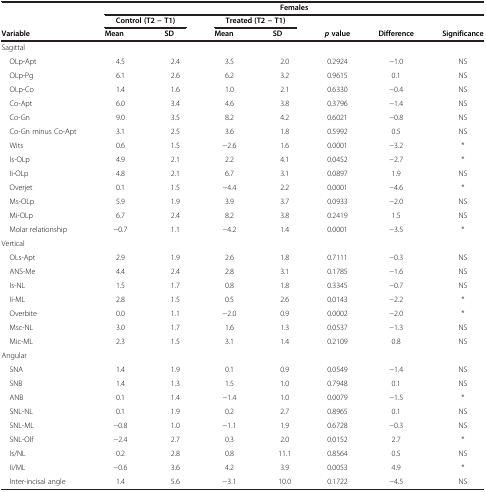
<table><thead><tr><td></td><td colspan="7"><b>Females</b></td></tr><tr><td rowspan="2"><b>Variable</b></td><td colspan="2"><b>Control (T2 − T1)</b></td><td colspan="2"><b>Treated (T2 − T1)</b></td><td rowspan="2"><b><i>p</i>value</b></td><td></td><td rowspan="2"><b>Significance</b></td></tr><tr><td><b>Mean</b></td><td><b>SD</b></td><td><b>Mean</b></td><td><b>SD</b></td><td><b>Difference</b></td></tr></thead><tbody><tr><td>Sagittal</td><td></td><td></td><td></td><td></td><td></td><td></td><td></td></tr><tr><td> OLp-Apt</td><td>4.5</td><td>2.4</td><td>3.5</td><td>2.0</td><td>0.2924</td><td>−1.0</td><td>NS</td></tr><tr><td> OLp-Pg</td><td>6.1</td><td>2.6</td><td>6.2</td><td>3.2</td><td>0.9615</td><td>0.1</td><td>NS</td></tr><tr><td> OLp-Co</td><td>1.4</td><td>1.6</td><td>1.0</td><td>2.1</td><td>0.6330</td><td>−0.4</td><td>NS</td></tr><tr><td> Co-Apt</td><td>6.0</td><td>3.4</td><td>4.6</td><td>3.8</td><td>0.3796</td><td>−1.4</td><td>NS</td></tr><tr><td> Co-Gn</td><td>9.0</td><td>3.5</td><td>8.2</td><td>4.2</td><td>0.6021</td><td>−0.8</td><td>NS</td></tr><tr><td> Co-Gn minus Co-Apt</td><td>3.1</td><td>2.5</td><td>3.6</td><td>1.8</td><td>0.5992</td><td>0.5</td><td>NS</td></tr><tr><td> Wits</td><td>0.6</td><td>1.5</td><td>−2.6</td><td>1.6</td><td>0.0001</td><td>−3.2</td><td>*</td></tr><tr><td> Is-OLp</td><td>4.9</td><td>2.1</td><td>2.2</td><td>4.1</td><td>0.0452</td><td>−2.7</td><td>*</td></tr><tr><td> Ii-OLp</td><td>4.8</td><td>2.1</td><td>6.7</td><td>3.1</td><td>0.0897</td><td>1.9</td><td>NS</td></tr><tr><td> Overjet</td><td>0.1</td><td>1.5</td><td>−4.4</td><td>2.2</td><td>0.0001</td><td>−4.6</td><td>*</td></tr><tr><td> Ms-OLp</td><td>5.9</td><td>1.9</td><td>3.9</td><td>3.7</td><td>0.0933</td><td>−2.0</td><td>NS</td></tr><tr><td> Mi-OLp</td><td>6.7</td><td>2.4</td><td>8.2</td><td>3.8</td><td>0.2419</td><td>1.5</td><td>NS</td></tr><tr><td> Molar relationship</td><td>−0.7</td><td>1.1</td><td>−4.2</td><td>1.4</td><td>0.0001</td><td>−3.5</td><td>*</td></tr><tr><td>Vertical</td><td></td><td></td><td></td><td></td><td></td><td></td><td></td></tr><tr><td> OLs-Apt</td><td>2.9</td><td>1.9</td><td>2.6</td><td>1.8</td><td>0.7111</td><td>−0.3</td><td>NS</td></tr><tr><td> ANS-Me</td><td>4.4</td><td>2.4</td><td>2.8</td><td>3.1</td><td>0.1785</td><td>−1.6</td><td>NS</td></tr><tr><td> Is-NL</td><td>1.5</td><td>1.7</td><td>0.8</td><td>1.8</td><td>0.3345</td><td>−0.7</td><td>NS</td></tr><tr><td> Ii-ML</td><td>2.8</td><td>1.5</td><td>0.5</td><td>2.6</td><td>0.0143</td><td>−2.2</td><td>*</td></tr><tr><td> Overbite</td><td>0.0</td><td>1.1</td><td>−2.0</td><td>0.9</td><td>0.0002</td><td>−2.0</td><td>*</td></tr><tr><td> Msc-NL</td><td>3.0</td><td>1.7</td><td>1.6</td><td>1.3</td><td>0.0537</td><td>−1.3</td><td>NS</td></tr><tr><td> Mic-ML</td><td>2.3</td><td>1.5</td><td>3.1</td><td>1.4</td><td>0.2109</td><td>0.8</td><td>NS</td></tr><tr><td>Angular</td><td></td><td></td><td></td><td></td><td></td><td></td><td></td></tr><tr><td> SNA</td><td>1.4</td><td>1.9</td><td>0.1</td><td>0.9</td><td>0.0549</td><td>−1.4</td><td>NS</td></tr><tr><td> SNB</td><td>1.4</td><td>1.3</td><td>1.5</td><td>1.0</td><td>0.7948</td><td>0.1</td><td>NS</td></tr><tr><td> ANB</td><td>0.1</td><td>1.4</td><td>−1.4</td><td>1.0</td><td>0.0079</td><td>−1.5</td><td>*</td></tr><tr><td> SNL-NL</td><td>0.1</td><td>1.9</td><td>0.2</td><td>2.7</td><td>0.8965</td><td>0.1</td><td>NS</td></tr><tr><td> SNL-ML</td><td>−0.8</td><td>1.0</td><td>−1.1</td><td>1.9</td><td>0.6728</td><td>−0.3</td><td>NS</td></tr><tr><td> SNL-Olf</td><td>−2.4</td><td>2.7</td><td>0.3</td><td>2.0</td><td>0.0152</td><td>2.7</td><td>*</td></tr><tr><td> Is/NL</td><td>0.2</td><td>2.8</td><td>0.8</td><td>11.1</td><td>0.8564</td><td>0.5</td><td>NS</td></tr><tr><td> Ii/ML</td><td>−0.6</td><td>3.6</td><td>4.2</td><td>3.9</td><td>0.0053</td><td>4.9</td><td>*</td></tr><tr><td> Inter-incisal angle</td><td>1.4</td><td>5.6</td><td>−3.1</td><td>10.0</td><td>0.1722</td><td>−4.5</td><td>NS</td></tr></tbody></table>